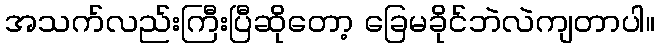
အသက်လည်းကြီးပြီဆိုတော့ ခြေမခိုင်ဘဲလဲကျတာပါ။